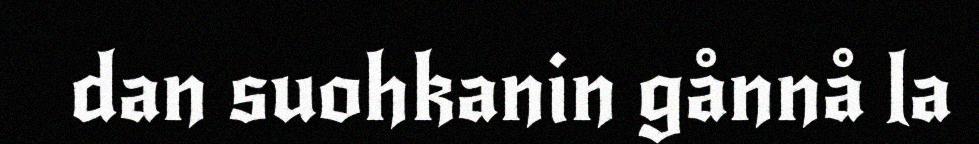
dan suohkanin gånnå la